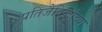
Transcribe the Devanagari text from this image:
प्रतिजैविकांच्या